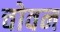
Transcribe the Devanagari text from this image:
चोवन